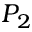
P _ { 2 }